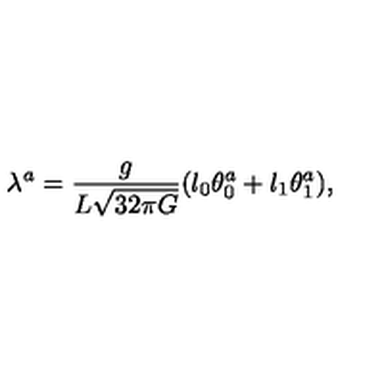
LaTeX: \lambda ^ { a } = \frac { g } { L \sqrt { 3 2 \pi G } } ( l _ { 0 } \theta _ { 0 } ^ { a } + l _ { 1 } \theta _ { 1 } ^ { a } ) ,